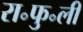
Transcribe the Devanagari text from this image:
रा॰फु॰ली